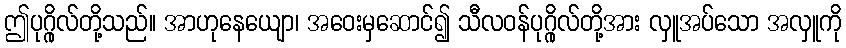
ဤပုဂ္ဂိုလ်တို့သည်။ အာဟုနေယျော၊ အဝေးမှဆောင်၍ သီလဝန်ပုဂ္ဂိုလ်တို့အား လှူအပ်သော အလှူကို